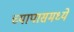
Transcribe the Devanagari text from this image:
च्यापासमध्ये